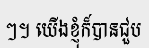
ៗ។ យើងខ្ញុំក៏បានជួប